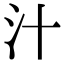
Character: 汁